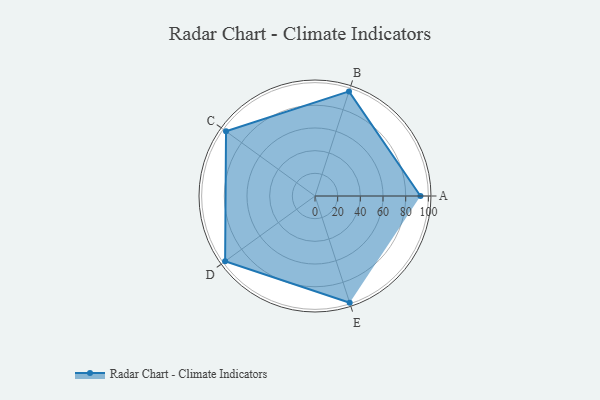
{"axis": {"x": "Skill", "y": "Score"}, "legend": ["Profile"], "data": [{"x": "A", "y": 93.0, "type": "Profile"}, {"x": "B", "y": 97.0, "type": "Profile"}, {"x": "C", "y": 97.0, "type": "Profile"}, {"x": "D", "y": 98.0, "type": "Profile"}, {"x": "E", "y": 99, "type": "Profile"}]}